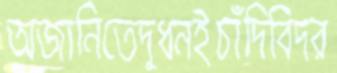
অজানিতেদুধনইচাঁদিবিদর